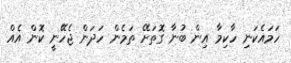
ހަމައެކަނި ހާކިމާ އިން ބުނާ ގޮތަށޭ ތަމެން ހަދަން ޖެހޭނީ ކޮން އެއް